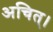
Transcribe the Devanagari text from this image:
अचित्‌।